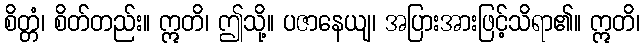
စိတ္တံ၊ စိတ်တည်း။ ဣတိ၊ ဤသို့။ ပဇာနေယျ၊ အပြားအားဖြင့်သိရာ၏။ ဣတိ၊